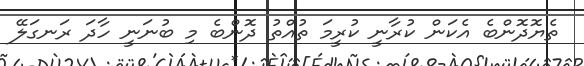
ތެޔޮދޮންބެ އެކަން ކުރާނީ ކުރީމަ ތުއްތު ދޮންބެ މި ބުނަނީ ހާދަ ރަނގަލޭ